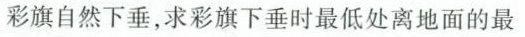
彩旗自然下垂，求彩旗下垂时最低处离地面的最